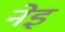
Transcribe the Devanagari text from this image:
नेइ